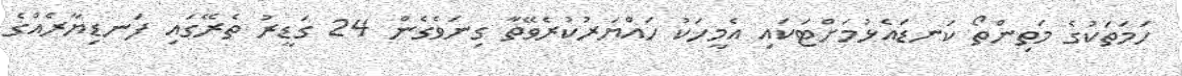
ހަމަތަކުގެ މަތިންތޯ ކަނޑައެޅުމަށްޓަކައި އެމީހަކު ހައްޔަރުކުރެވޭތާ ގިނަވެގެން 24 ގަޑީރު ތެރޭގައި ފަނޑިޔާރެއްގެ